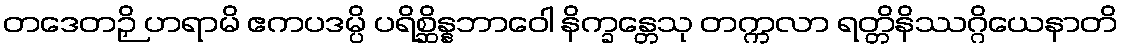
တဒေတဉှိ ဟရာမိ ဧကပဒမ္ပိ ပရိစ္ဆိန္နဘာဝေါ နိက္ခန္တေသု တက္ကလာ ရတ္တိနိဿဂ္ဂိယေနာတိ